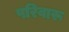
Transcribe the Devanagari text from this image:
परिवारू